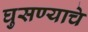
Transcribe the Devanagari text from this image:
घुसण्याचे